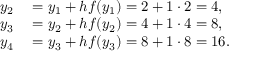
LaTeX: \begin{array} { r l } { y _ { 2 } } & { { } = y _ { 1 } + h f ( y _ { 1 } ) = 2 + 1 \cdot 2 = 4 , } \\ { y _ { 3 } } & { { } = y _ { 2 } + h f ( y _ { 2 } ) = 4 + 1 \cdot 4 = 8 , } \\ { y _ { 4 } } & { { } = y _ { 3 } + h f ( y _ { 3 } ) = 8 + 1 \cdot 8 = 1 6 . } \end{array}